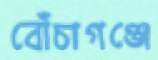
বোঁচাগঞ্জে